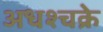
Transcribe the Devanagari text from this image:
अधश्चक्रे